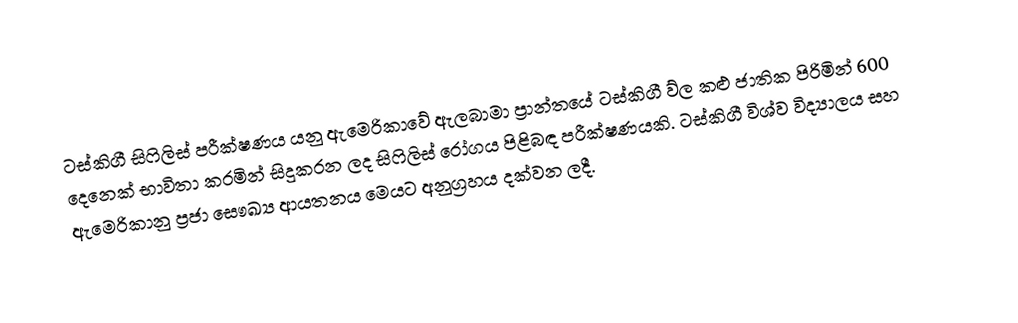
ටස්කිගී සිෆිලිස් පරීක්ෂණය යනු ඇමෙරිකාවේ ඇලබාමා ප්‍රාන්තයේ ටස්කිගී ව්ල කළු ජාතික පිරිමින් 600 දෙනෙක් භාවිතා කරමින් සිදුකරන ලද සිෆිලිස් රෝගය පිළිබඳ පරීක්ෂණයකි. ටස්කිගී විශ්ව විද්‍යාලය සහ ඇමෙරිකානු ප්‍රජා සෞඛ්‍ය ආයතනය මෙයට අනුග්‍රහය දක්වන ලදී.